Code of medical and sanitary regulations for the guidance of medical officers serving in the Madras Presidency - Volume II
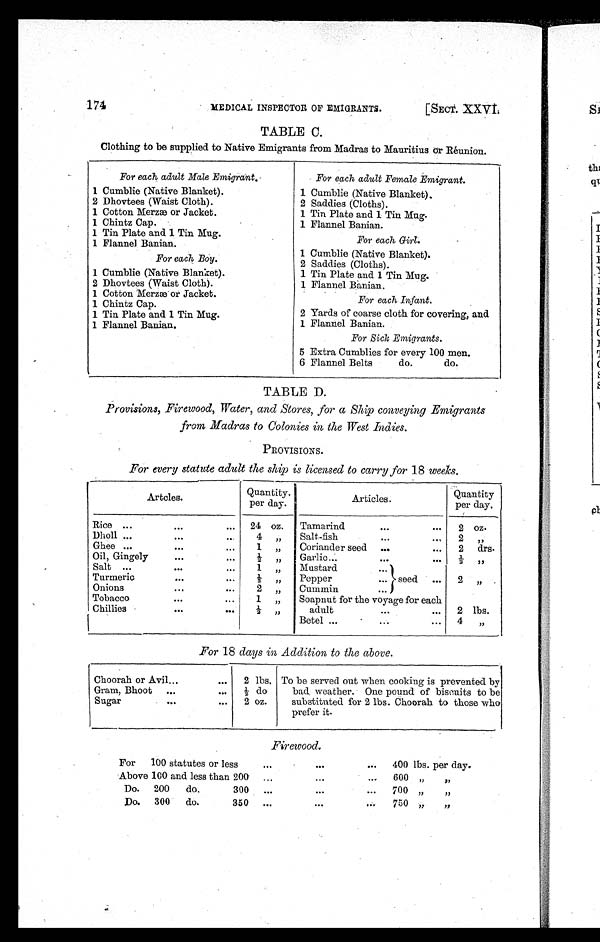
174 MEDICAL INSPECTOR OF EMIGRANTS. [SECT. XXVI.
TABLE C.
Clothing to be supplied to Native Emigrants from Madras to Mauritius Or Réunion.
For each adult Male Emigrant.
For each adult Female Emigrant.
1 Cumblie (Native Blanket).
1 Cumblie (Native Blanket).
2 Dhovtees (Waist Cloth).
2 Saddies (Cloths).
1 Cotton Merzæ or Jacket.
1 Tin Plate and 1 Tin Mug.
1 Chintz Cap.
1 Flannel Banian.
1 Tin Plate and 1 Tin Mug.
For each Girl.
1 Flannel Banian.
For each Boy.
1 Cumblie (Native Blanket).
2 Saddies (Cloths).
1 Cumblie (Native Blanket).
1 Tin Plate and 1 Tin Mug.
2 Dhovtees (Waist Cloth).
1 Flannel Banian.
1 Cotton Merzæ or Jacket.
For each Infant.
1 Chintz Cap.
1 Tin Plate and 1 Tin Mug.
2 Yards of coarse cloth for covering, and
1 F l a n n e l B a n i a n .
1 Flannel Banian.
For Sick Emigrants.
5 Extra Cumblies for every 100 men.
6 Flannel Belts do. do.
TABLE D.
Provisions, Firewood, Water, and Stores, for a Ship conveying Emigrants
from Madras to Colonies in the West Indies.
PROVISIONS.
For every statute adult the ship is licensed to carry for 18 weeks.
Artcles.
Quantity.
per day.
Articles
.
Quantity
per day.
Rice ...
...
. . .
24 oz.
Tamarind
...
...
2 oz.
Dholl ...
. . .
. . .
4 „
Salt-fish
...
. . . 2
„
Ghee ...
. . .
...
1 „
Coriander seed ...
...
2 drs.
Oil, Gingely
. . .
...
½ „
Garlic ... ...
. . .
½
„
Salt ...
. . .
. . .
1 „
Mustard
...
seed
Turmeric
...
. . .
½ „ Pepper
...
. . .
2 „
Onions
...
. . .
2 „
Cummin
...
Tobacco
. . .
...
1 „
Soapnut for the voyage for each
Chillies
. . .
. . .
½ „ adult
...
...
2 lbs.
Betel ...
...
...
4
„
For 18 days in Addition to the above.
Choorah or Avil
. . . . . .
2 lbs. To be served out when cooking is prevented by
bad weather. One pound of biscuits to be
substituted for 2 lbs. Choorah to those who
prefer it.
Gram, Bhoot
...
...
½ do
Sugar
...
...
2 oz.
Firewood.
For 100 statutes or less
. . .
. . .
...
400 lbs. per day.
Above 100 and less than 200
. . .
. . .
. . . 600 „ „
Do. 200 do. 300
...
. . .
...
700
„ „
Do. 300 do. 350
...
. . .
. . . 750
„ „